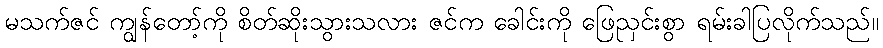
မသက်ဇင် ကျွန်တော့်ကို စိတ်ဆိုးသွားသလား ဇင်က ခေါင်းကို ဖြေညှင်းစွာ ရမ်းခါပြလိုက်သည်။